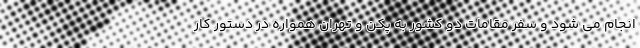
انجام می شود و سفر مقامات دو کشور به پکن و تهران همواره در دستور کار